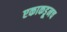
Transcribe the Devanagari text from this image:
एकाकडूनच